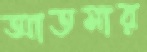
আতমার